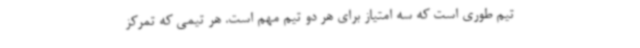
تیم طوری است که سه امتیاز برای هر دو تیم مهم است. هر تیمی که تمرکز